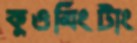
কুওমিংটাং